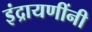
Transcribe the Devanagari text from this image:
इंद्रायणींनी